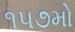
૧૫૭મો